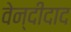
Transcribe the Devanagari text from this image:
वेन्दीदाद